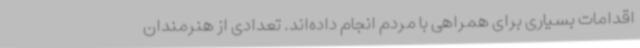
اقدامات بسیاری برای همراهی با مردم انجام داده‌اند. تعدادی از هنرمندان